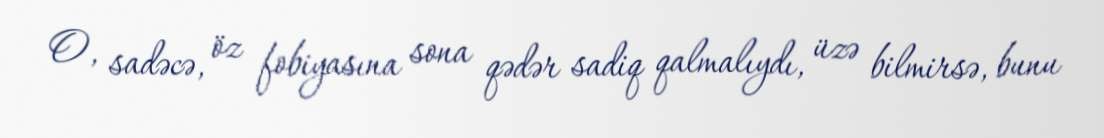
O, sadəcə, öz fobiyasına sona qədər sadiq qalmalıydı, üzə bilmirsə, bunu